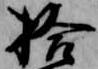
拾